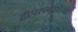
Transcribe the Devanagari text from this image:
द्वीपसमूहांच्या